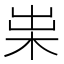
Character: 𣐯